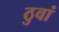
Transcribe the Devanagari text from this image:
ठुवां